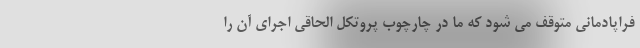
فراپادمانی متوقف می شود که ما در چارچوب پروتکل الحاقی اجرای آن را